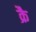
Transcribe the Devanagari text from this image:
क्रै